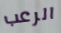
الرعب